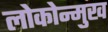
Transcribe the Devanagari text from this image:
लोकोन्मुख